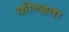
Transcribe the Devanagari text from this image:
कोन्डवा